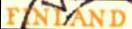
FINLAND